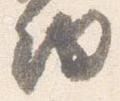
細